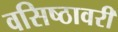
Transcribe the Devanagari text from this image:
वसिष्ठावरी